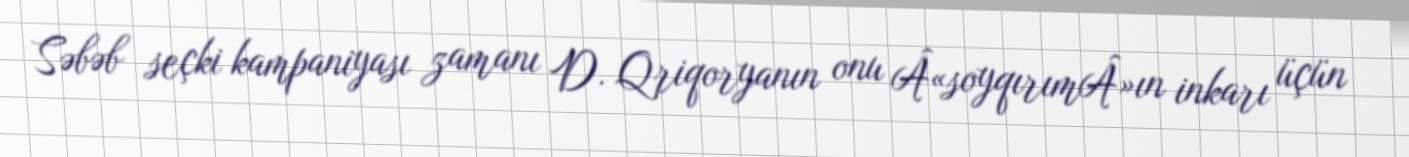
Səbəb seçki kampaniyası zamanı D. Qriqoryanın onu Â«soyqırımÂ»ın inkarı üçün